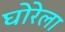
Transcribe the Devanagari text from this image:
घोरेला